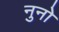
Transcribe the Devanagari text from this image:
नुनो